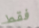
فقط